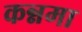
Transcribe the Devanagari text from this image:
कन्नमा